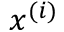
x ^ { ( i ) }